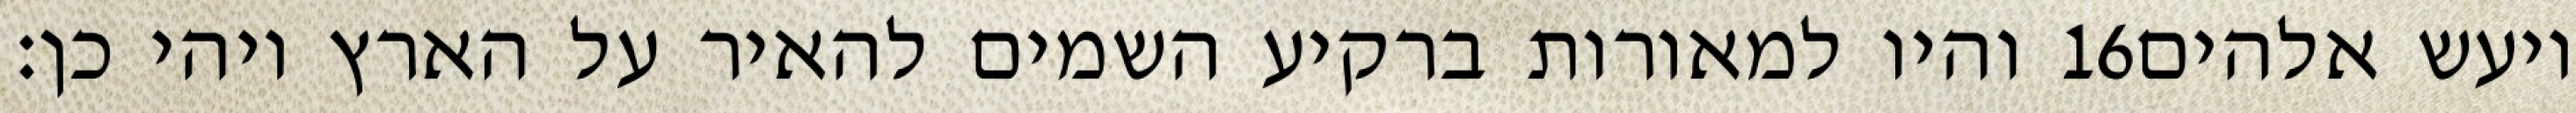
והיו למאורות ברקיע השמים להאיר על הארץ ויהי כן׃ ‎16‏ ויעש אלהים